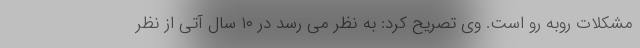
مشکلات روبه رو است. وی تصریح کرد: به نظر می رسد در ۱۰ سال آتی از نظر